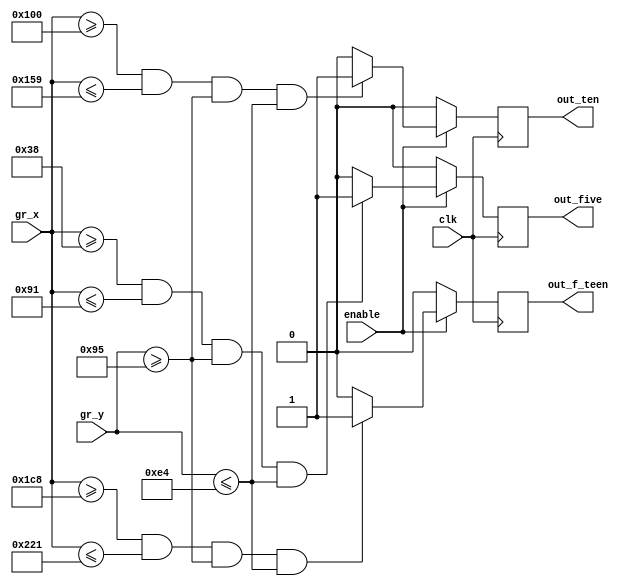
module DRAW_NUMBERS(
	input wire clk,
//	input wire reset,
	
	input wire enable,
	input wire [10:0]gr_x,
	input wire [9:0]gr_y,
	
	output reg out_five,
	output reg out_ten,
	output reg out_f_teen
	
	);
	
parameter[10:0] x1 = 11'd56;
parameter[10:0] x2 = 11'd145;
parameter[9:0] y1 = 10'd149;
parameter[9:0] y2 = 10'd228;

parameter[10:0] x3 = 11'd256;
parameter[10:0] x4 = 11'd345;

parameter[10:0] x5 = 11'd456;
parameter[10:0] x6 = 11'd545;

always @ (posedge clk)
	begin
	if (enable == 1)
	begin
		if ((gr_x[10:0]>=x1[10:0])&&(gr_x[10:0]<=x2)&&(gr_y[9:0]>=y1)&&(gr_y[9:0]<=y2))
			begin
				out_five = 1;
			end
			else
				out_five = 0;
		if ((gr_x[10:0]>=x3[10:0])&&(gr_x[10:0]<=x4)&&(gr_y[9:0]>=y1)&&(gr_y[9:0]<=y2))
			begin
				out_ten = 1;
			end
			else
				out_ten = 0;
		if ((gr_x[10:0]>=x5[10:0])&&(gr_x[10:0]<=x6)&&(gr_y[9:0]>=y1)&&(gr_y[9:0]<=y2))
			begin
				out_f_teen = 1;
			end
			else
				out_f_teen = 0;
	end
	else
	begin
		out_five = 0;
		out_ten = 0;
		out_f_teen = 0;
	end
	end
endmodule